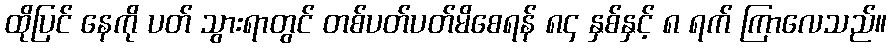
ထိုပြင် နေကို ပတ် သွားရာတွင် တစ်ပတ်ပတ်မိစေရန် ၈၄ နှစ်နှင့် ၈ ရက် ကြာလေသည်။